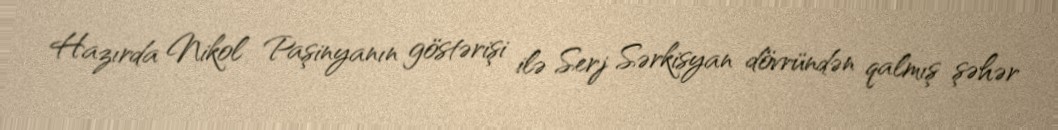
Hazırda Nikol Paşinyanın göstərişi ilə Serj Sərkisyan dövründən qalmış şəhər